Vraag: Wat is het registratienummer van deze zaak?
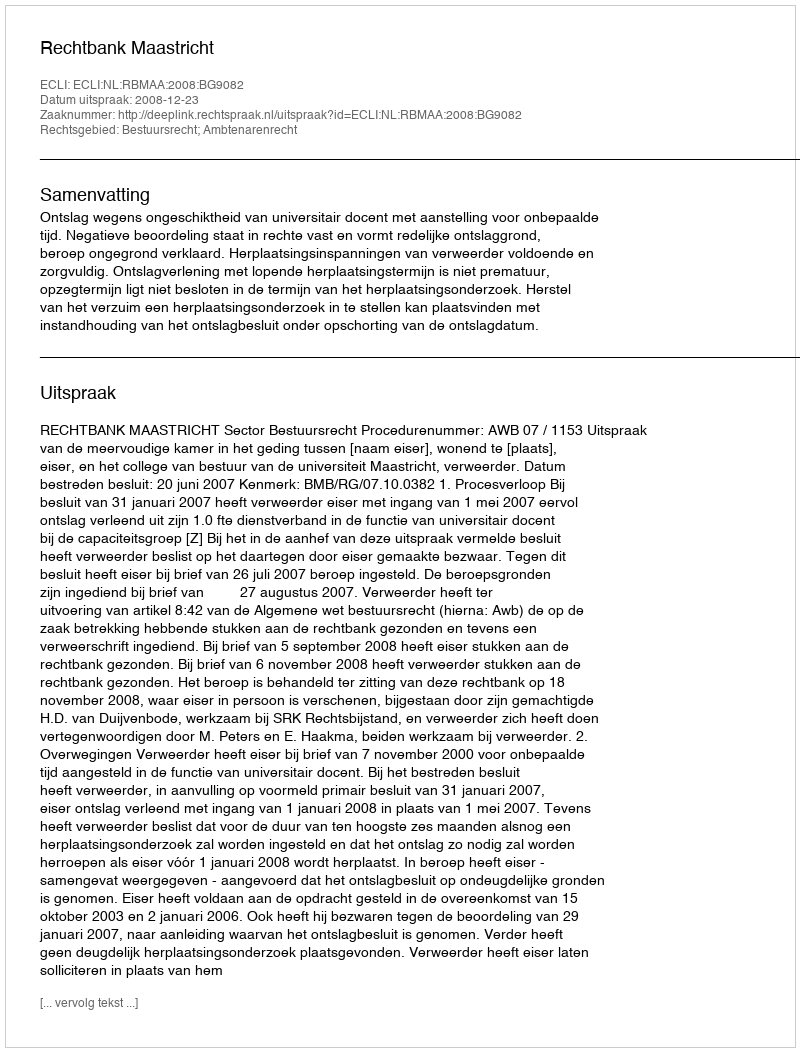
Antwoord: http://deeplink.rechtspraak.nl/uitspraak?id=ECLI:NL:RBMAA:2008:BG9082